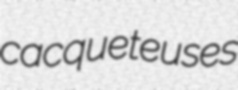
cacqueteuses